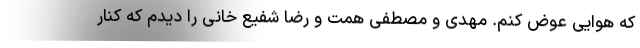
که هوایی عوض کنم. مهدی و مصطفی همت و رضا شفیع خانی را دیدم که کنار